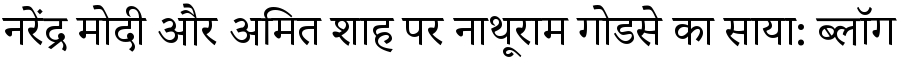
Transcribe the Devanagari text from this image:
नरेंद्र मोदी और अमित शाह पर नाथूराम गोडसे का साया: ब्लॉग